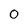
Character: 0